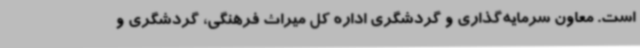
است. معاون سرمایه‌گذاری و گردشگری اداره کل میراث فرهنگی، گردشگری و